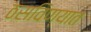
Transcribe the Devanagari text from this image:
ठसविण्यात